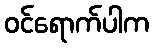
ဝင်ရောက်ပါက